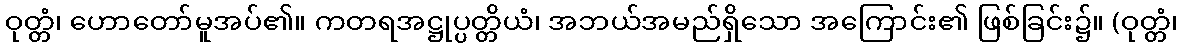
ဝုတ္တံ၊ ဟောတော်မူအပ်၏။ ကတရအဋ္ဌုပ္ပတ္တိယံ၊ အဘယ်အမည်ရှိသော အကြောင်း၏ ဖြစ်ခြင်း၌။ (ဝုတ္တံ၊